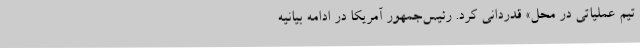
تیم عملیاتی در محل» قدردانی کرد. رئیس‌جمهور آمریکا در ادامه بیانیه